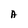
Character: A